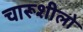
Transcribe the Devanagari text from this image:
चारूशीलो